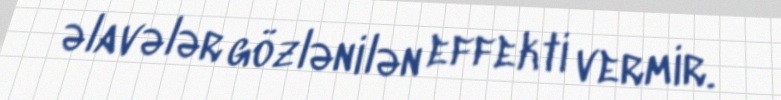
əlavələr gözlənilən effekti vermir.